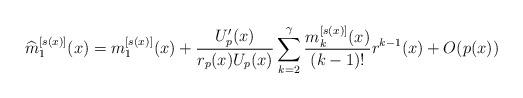
LaTeX: \begin{align*}\widehat{m}_1^{[s(x)]}(x)=m^{[s(x)]}_1(x)+\frac{U_p'(x)}{r_p(x)U_p(x)}\sum_{k=2}^\gamma\frac{m^{[s(x)]}_k(x)}{(k-1)!}r^{k-1}(x)+O(p(x))\end{align*}